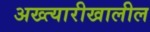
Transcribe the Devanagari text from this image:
अख्त्यारीखालील